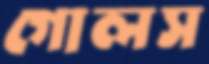
গোলস